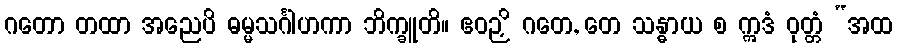
ဂတော တထာ အညေပိ ဓမ္မသင်္ဂါဟကာ ဘိက္ခူတိ။ ဧဝဉှိ ဂတေ, တေ သန္ဓာယ စ ဣဒံ ဝုတ္တံ “အထ